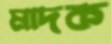
মাদক